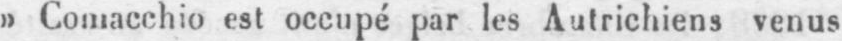
»Comacchio est occupé par les Autrichiens venus